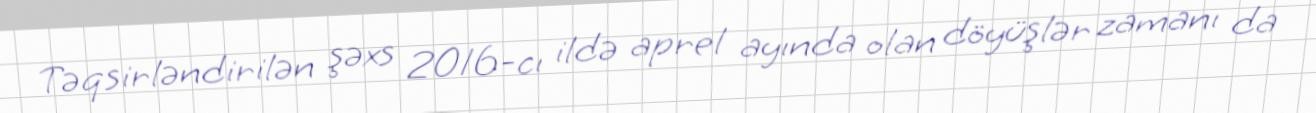
Təqsirləndirilən şəxs 2016-cı ildə aprel ayında olan döyüşlər zamanı da